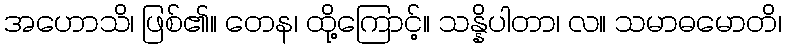
အဟောသိ၊ ဖြစ်၏။ တေန၊ ထို့ကြောင့်။ သန္နိပါတာ၊ လ။ သမာဓမောတိ၊